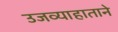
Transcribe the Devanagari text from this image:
उजव्याहाताने